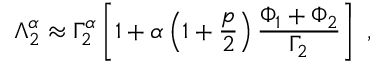
\Lambda _ { 2 } ^ { \alpha } \approx \Gamma _ { 2 } ^ { \alpha } \left[ 1 + \alpha \left( 1 + \frac { p } { 2 } \right) \frac { \Phi _ { 1 } + \Phi _ { 2 } } { \Gamma _ { 2 } } \right] \ ,